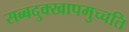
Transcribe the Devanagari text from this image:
सब्बदुक्खापमुच्चति